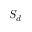
S _ { d }